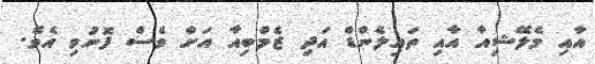
އާއި މެލޭޝިއާ އާއި ތައިލެންޑް އަދި ޒެމްބިއާ އަށް ވެސް ފޮނުވި އެވެ.